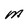
Character: M